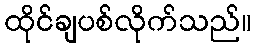
ထိုင်ချပစ်လိုက်သည်။